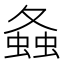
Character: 𧍸